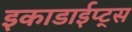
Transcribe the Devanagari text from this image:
इकाडाईप्ट्स